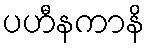
ပဟီနကာနိ